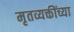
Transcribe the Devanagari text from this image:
मृतव्यक्तींच्या